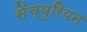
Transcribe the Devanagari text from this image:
सेंच्युरियन